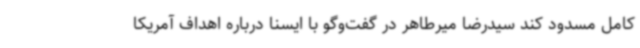
کامل مسدود کند سیدرضا میرطاهر در گفت‌وگو با ایسنا درباره اهداف آمریکا